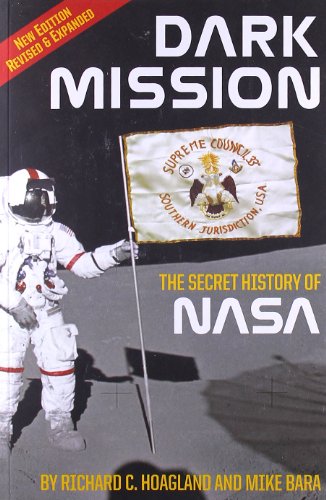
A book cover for Dark Mission: The Secret History of NASA, Enlarged and Revised Edition; Richard C. Hoagland; Engineering & Transportation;